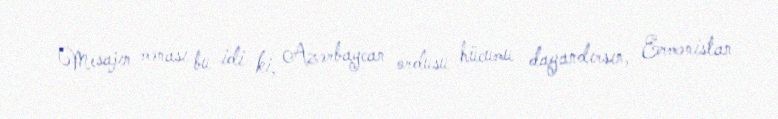
Mesajın mənası bu idi ki, Azərbaycan ordusu hücumu dayandırsın, Ermənistan